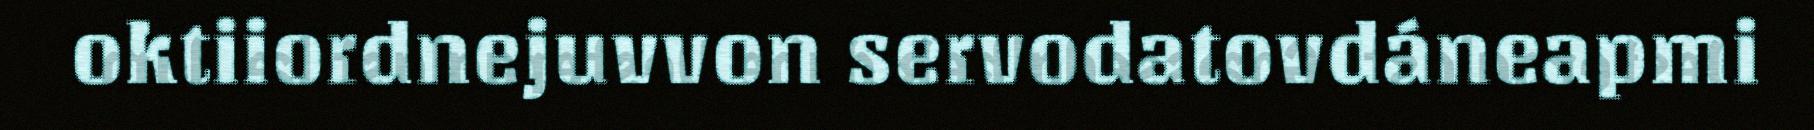
oktiiordnejuvvon servodatovdáneapmi